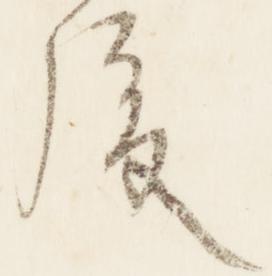
後